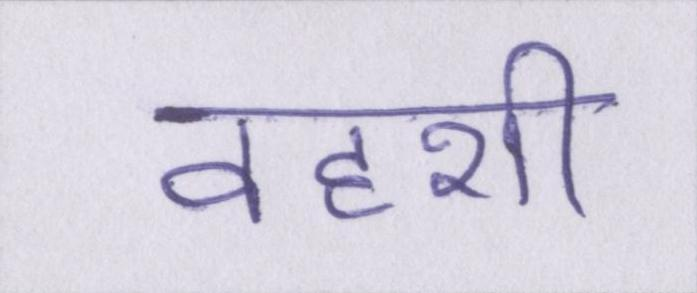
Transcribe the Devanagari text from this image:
वहशी